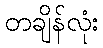
တချိန်လုံး